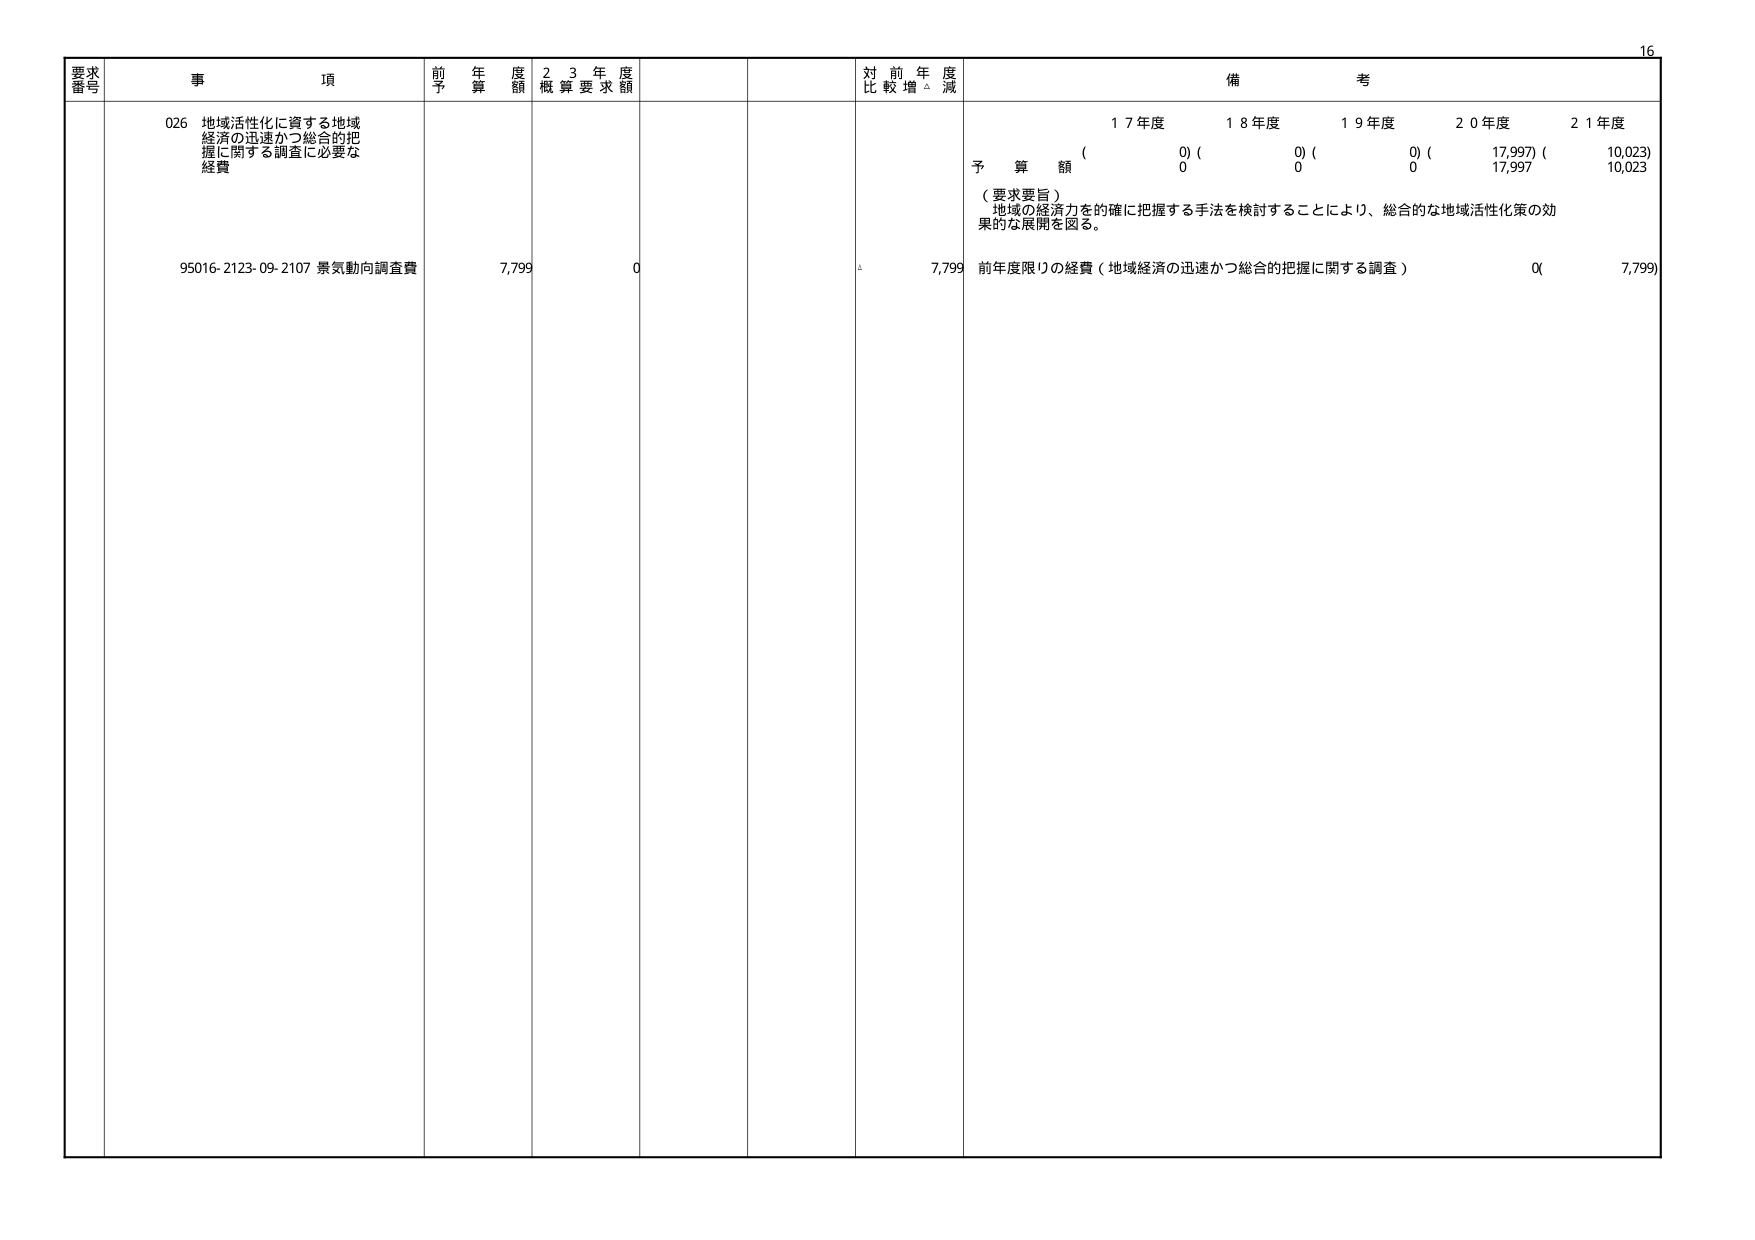
要求番号 事項 前年度予算額 23年度概算要求額 対前年度比較増減 備考
026 地域活性化に資する地域経済の迅速かつ総合的把握に関する調査に必要な経費
95016-2123-09-2107 景気動向調査費 7,799 0 7,799
17年度 18年度 19年度 20年度 21年度
(0) (0) (0) (17,997) (10,023)
予算額 0 0 0 17,997 10,023
（要求要旨）
地域の経済力を的確に把握する手法を検討することにより、総合的な地域活性化策の効果的な展開を図る。
前年度限りの経費（地域経済の迅速かつ総合的把握に関する調査） 0(7,799)